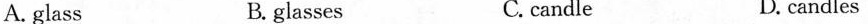
A. glass B. glasses C. candle D. candles